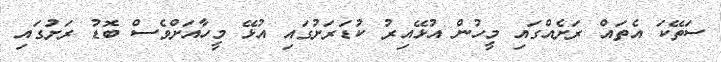
ސަތޭކަ އެތައް ރަށެއްގައި މީހުން އުޅޭއިރު ކުޑަރަށުގައި އުޅޭ މީހާއަށްވެސް ބޮޑު ރަށުގައި